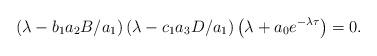
LaTeX: \begin{align*}\left(\lambda-b_1 a_2 B/a_1\right)\left(\lambda-c_1 a_3 D/a_1\right)\left(\lambda+a_{0} e^{-\lambda\tau}\right)=0.\end{align*}